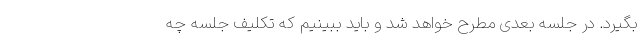
بگیرد. در جلسه بعدی مطرح خواهد شد و باید ببینیم که تکلیف جلسه چه